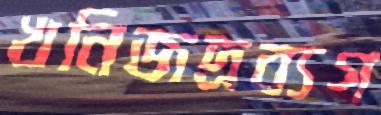
খনিজদ্রব্যগ